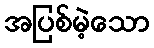
အပြစ်မဲ့သော